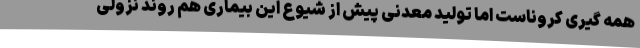
همه گیری کروناست اما تولید معدنی پیش از شیوع این بیماری هم روند نزولی